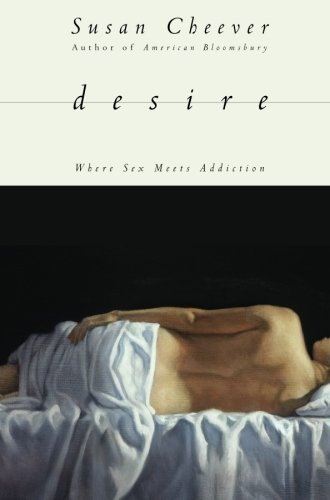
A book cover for Desire: Where Sex Meets Addiction; Susan Cheever; Health, Fitness & Dieting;